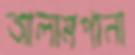
আলামপানা